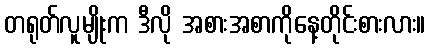
တရုတ်လူမျိုးက ဒီလို အစားအစာကိုနေ့တိုင်းစားလား။